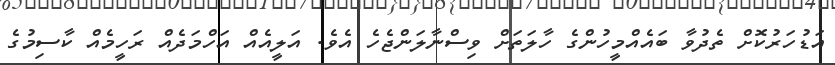
އަޑުހަރުކޮށް ތެދުވާ ބައެއްމީހުންގެ ހާލަތަށް ވިސްނާލަންޖެހެ އެވެ. އަލީއެއް އަހްމަދެއް ރަހީމެއް ކާސިމުގެ